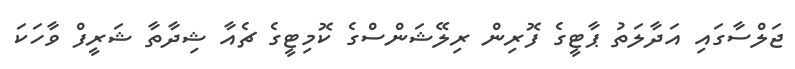
ޖަލްސާގައި އަދާލަތު ޕާޓީގެ ފޮރިން ރިލޭޝަންސްގެ ކޮމިޓީގެ ޗެއާ ޝިދާތާ ޝަރީފް ވާހަކަ